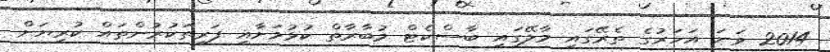
2014 ވަނަ އަހަރުގެ ތެރޭގައި މާލޭގައި ބާސްކެޓް މުބާރާތް ކުޅުމަށާއި ފަރިތަކުރުންތައް ކުރިޔަށް